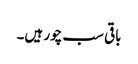
باقی سب چور ہیں۔